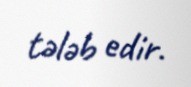
tələb edir.